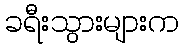
ခရီးသွားများက